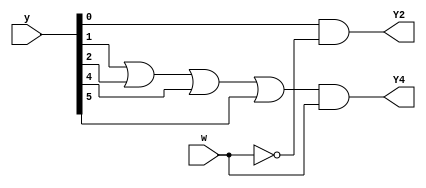
module top_module (
    input [6:1] y,
    input w,
    output Y2,
    output Y4
);

assign Y2 = y[1] & ~w;
assign Y4 = (y[2] | y[3] | y[5] | y[6]) & w;

endmodule